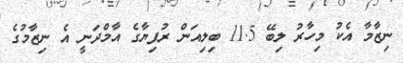
ނިޒާމާ އެކު މިހާރު ލިބޭ 11.5 ބިލިއަން ރުފިޔާގެ އާމްދަނީ އެ ނިޒާމުގެ